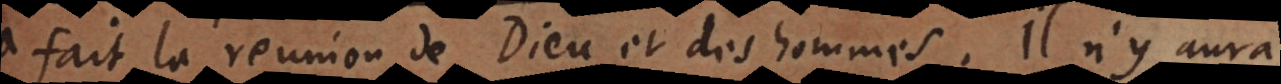
a fait la reunion de Dieu et des hommes. Il n’y aura